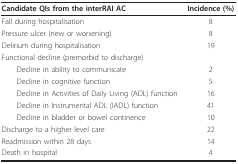
| Candidate QIs from the interRAI AC | Incidence (%) |
 | --- | --- |
 | Fall during hospitalisation | 8 |
 | Pressure ulcer (new or worsening) | 8 |
 | Delirium during hospitalisation | 19 |
 | Functional decline (premorbid to discharge) |  |
 | Decline in ability to communicate | 2 |
 | Decline in cognitive function | 5 |
 | Decline in Activities of Daily Living (ADL) function | 16 |
 | Decline in Instrumental ADL (IADL) function | 41 |
 | Decline in bladder or bowel continence | 10 |
 | Discharge to a higher level care | 22 |
 | Readmission within 28 days | 14 |
 | Death in hospital | 4 |